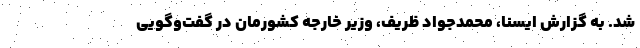
شد. به گزارش ایسنا، محمدجواد ظریف، وزیر خارجه کشورمان در گفت‌وگویی